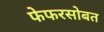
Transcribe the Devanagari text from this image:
फेफरसोबत